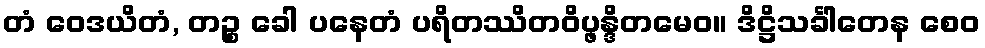
တံ ဝေဒယိတံ, တဉ္စ ခေါ ပနေတံ ပရိတဿိတဝိပ္ဖန္ဒိတမေဝ။ ဒိဋ္ဌိသင်္ခါတေန စေဝ